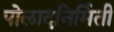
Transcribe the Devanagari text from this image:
पोलादनिर्मिती